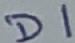
Text: D1